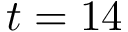
t = 1 4